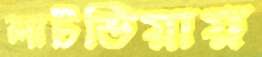
লাটভিয়ায়